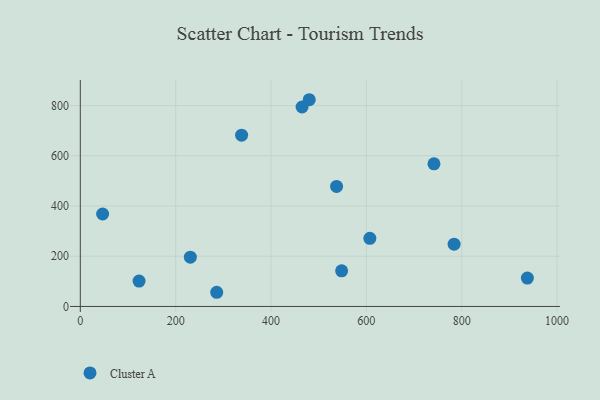
{"axis": {"x": "Study Hours", "y": "Profit"}, "legend": ["Cluster A"], "data": [{"x": "286.1", "y": 56.5, "type": "Cluster A"}, {"x": "937.7", "y": 112.9, "type": "Cluster A"}, {"x": "607.3", "y": 271.4, "type": "Cluster A"}, {"x": "537.5", "y": 478.0, "type": "Cluster A"}, {"x": "480.2", "y": 823.2, "type": "Cluster A"}, {"x": "784.0", "y": 248.1, "type": "Cluster A"}, {"x": "123.2", "y": 101.1, "type": "Cluster A"}, {"x": "230.8", "y": 196.3, "type": "Cluster A"}, {"x": "741.8", "y": 567.9, "type": "Cluster A"}, {"x": "338.3", "y": 681.9, "type": "Cluster A"}, {"x": "548.1", "y": 142.0, "type": "Cluster A"}, {"x": "465.1", "y": 794.2, "type": "Cluster A"}, {"x": "46.8", "y": 368.2, "type": "Cluster A"}]}